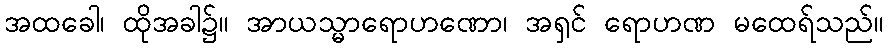
အထခေါ၊ ထိုအခါ၌။ အာယသ္မာရောဟဏော၊ အရှင် ရောဟဏ မထေရ်သည်။